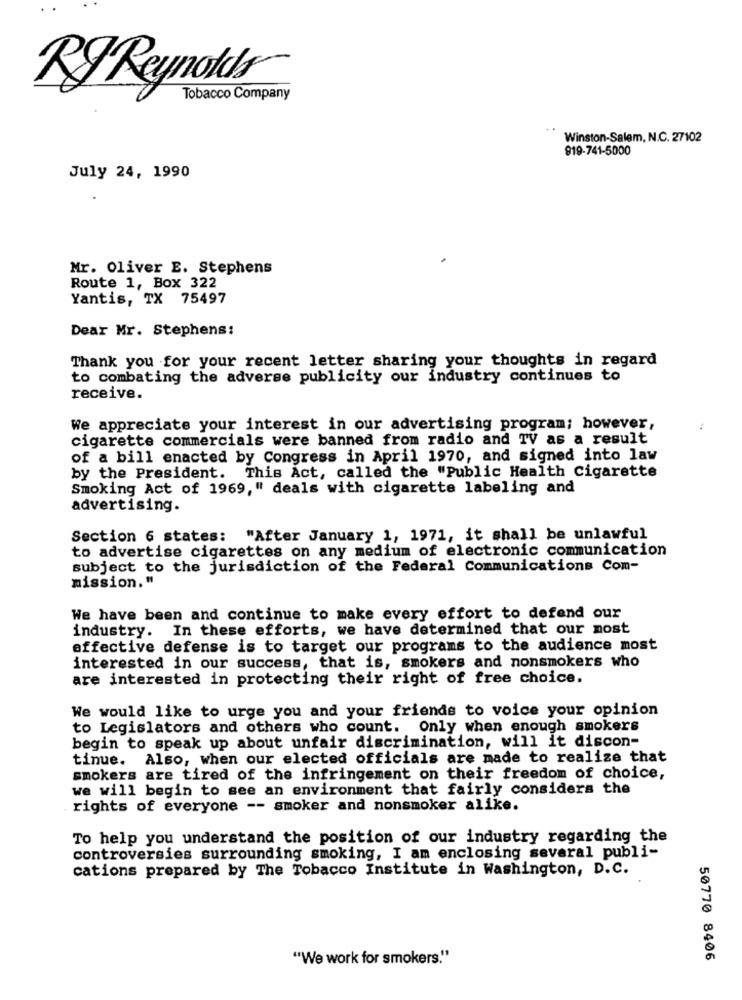
RJ Reynolds
Tobacco Company
Winston-Salem, N.C. 27102
919-741-5000
July 24, 1990
Mr. Oliver E. Stephens
Route 1, Box 322
Yantis, TX 75497
Dear Mr. Stephens:
Thank you for your recent letter sharing your thoughts in regard
to combating the adverse publicity our industry continues to
receive.
We appreciate your interest in our advertising program; however,
cigarette commercials were banned from radio and TV as a result
of a bill enacted by Congress in April 1970, and signed into law
by the President. This Act, called the "Public Health Cigarette
Smoking Act of 1969," deals with cigarette labeling and
advertising.
Section 6 states: "After January 1, 1971, it shall be unlawful
to advertise cigarettes on any medium of electronic communication
subject to the jurisdiction of the Federal Communications Com-
mission."
We have been and continue to make every effort to defend our
industry. In these efforts, we have determined that our most
effective defense is to target our programs to the audience most
interested in our success, that is, smokers and nonsmokers who
are interested in protecting their right of free choice.
We would like to urge you and your friends to voice your opinion
to Legislators and others who count. Only when enough smokers
begin to speak up about unfair discrimination, will it discon-
tinue. Also, when our elected officials are made to realize that
smokers are tired of the infringement on their freedom of choice,
we will begin to see an environment that fairly considers the
rights of everyone -- smoker and nonsmoker alike.
To help you understand the position of our industry regarding the
controversies surrounding smoking, I am enclosing several publi-
cations prepared by The Tobacco Institute in Washington, D.C.
"We work for smokers."
50770 8406